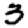
Digit: 3